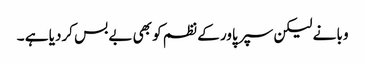
وبا نے لیکن سپر پاور کے نظم کو بھی بے بس کردیا ہے ۔